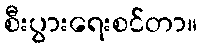
စီးပွားရေးစင်တာ။